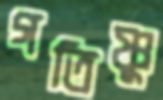
গতিষ্ণু